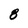
Character: 8